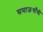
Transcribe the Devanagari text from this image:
समाजःगाँधी